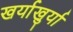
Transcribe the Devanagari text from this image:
खर्याखुर्या